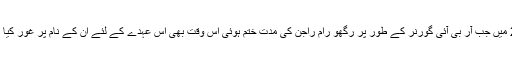
2016 میں جب آر بی آئی گورنر کے طور پر رگھو رام راجن کی مدت ختم ہوئی اس وقت بھی اس عہدے کے لئے ان کے نام پر غور کیا گیا تھا۔